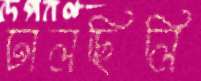
ঢালছিলি